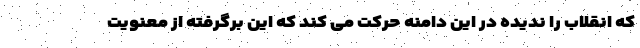
که انقلاب را ندیده در این دامنه حرکت می کند که این برگرفته از معنویت